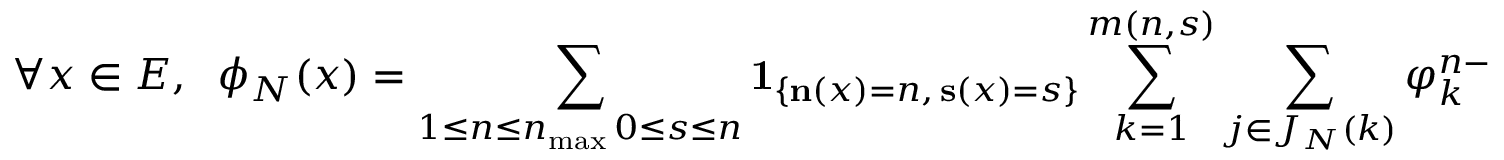
\forall x \in E , \; \; \phi _ { N } ( x ) = \sum _ { \substack { 1 \leq n \leq n _ { \operatorname* { m a x } } \, 0 \leq s \leq n } } \mathbf { 1 } _ { \left\{ \mathbf { n } ( x ) = n , \, \mathbf { s } ( x ) = s \right\} } \sum _ { k = 1 } ^ { m ( n , s ) } \sum _ { j \in J _ { N } ( k ) } \varphi _ { k } ^ { n - s } ( z _ { k , j } ^ { N } ) \mathbf { 1 } _ { B _ { k , j } ^ { N } } ( \tau _ { 1 , n - s } ( x ) ) .